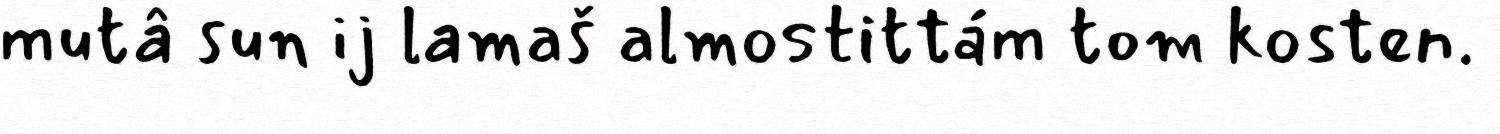
mutâ sun ij lamaš almostittám tom kosten.